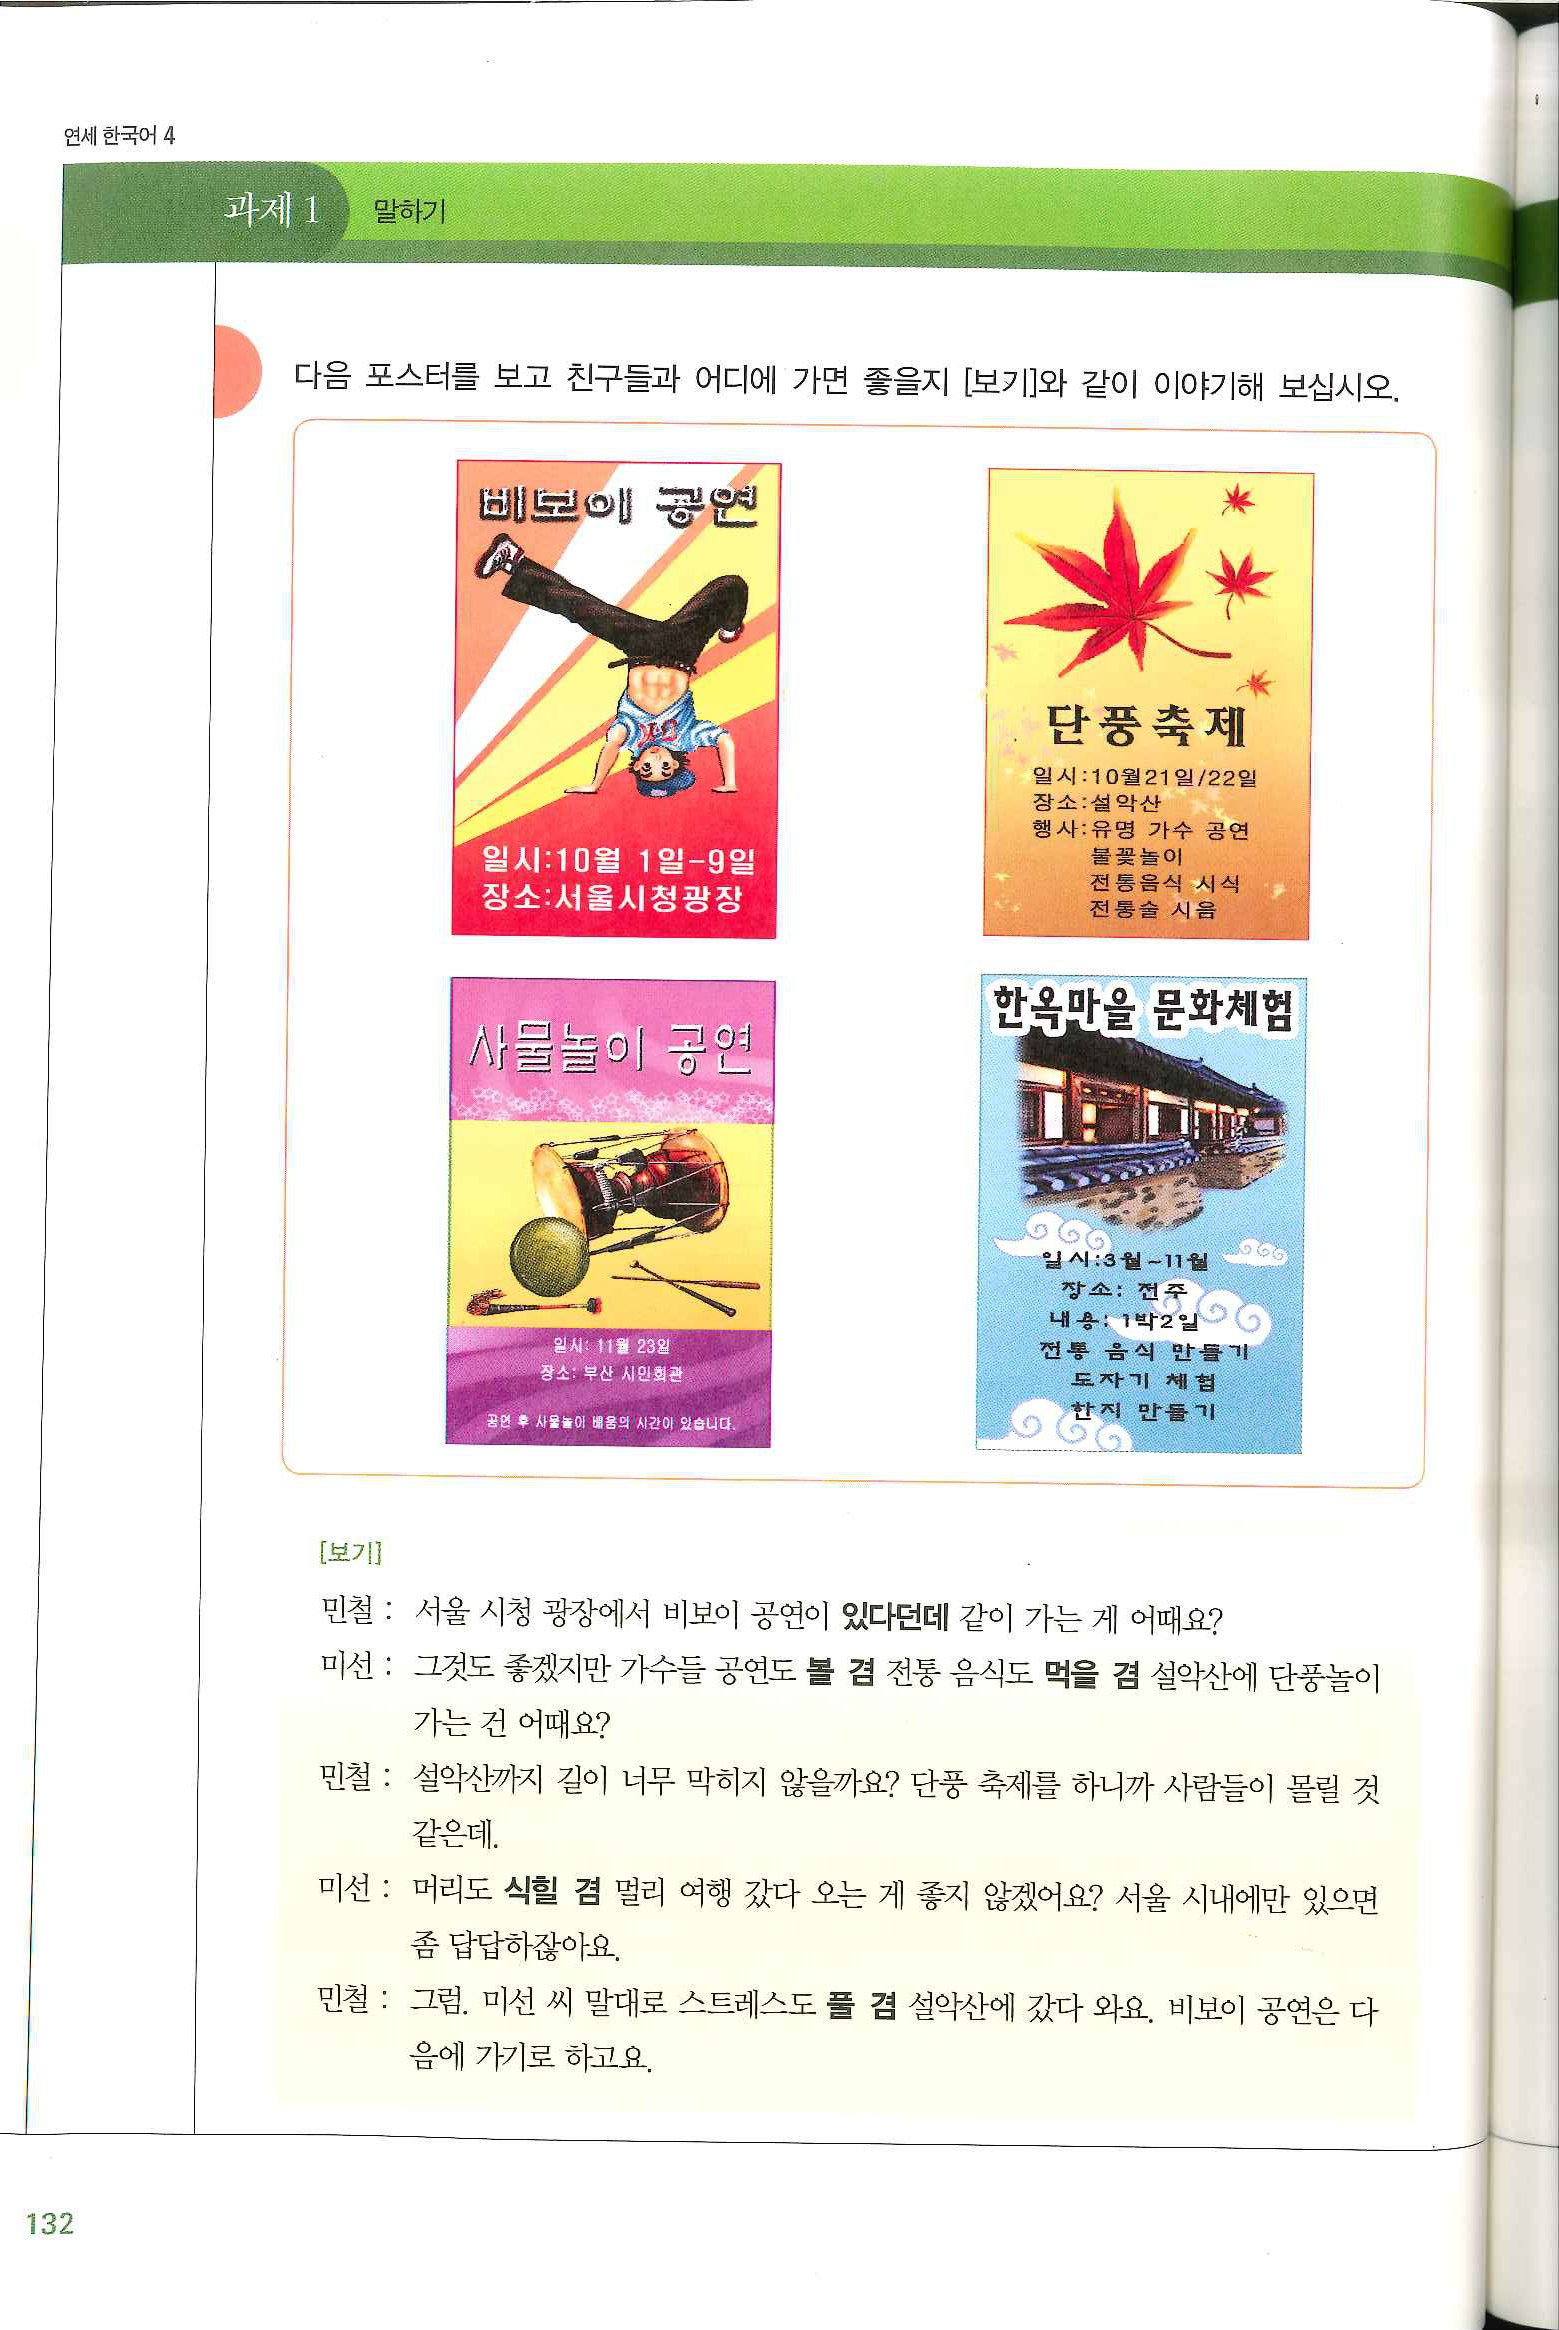
Language: ko